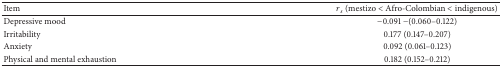
<table><thead><tr><td><b>Item</b></td><td><b><i>r</i><sub><i>s</i></sub> (mestizo &lt; Afro-Colombian &lt; indigenous)</b></td></tr></thead><tbody><tr><td>Depressive mood</td><td>−0.091 −(0.060–0.122)</td></tr><tr><td>Irritability</td><td>0.177 (0.147–0.207)</td></tr><tr><td>Anxiety</td><td>0.092 (0.061–0.123)</td></tr><tr><td>Physical and mental exhaustion</td><td>0.182 (0.152–0.212)</td></tr></tbody></table>